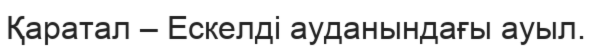
Қаратал – Ескелді ауданындағы ауыл.